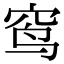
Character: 窎